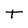
Character: t